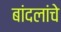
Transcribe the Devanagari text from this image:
बांदलांचे